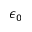
\epsilon _ { 0 }